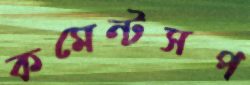
কমেন্টসপ